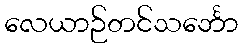
လေယာဉ်တင်သင်္ဘော